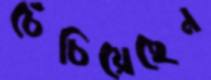
চেঁচিয়েছেন